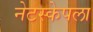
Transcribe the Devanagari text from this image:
नेटस्केपला